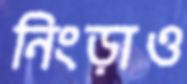
নিংড়াও